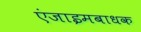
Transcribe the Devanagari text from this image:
एंजाइमबाधक